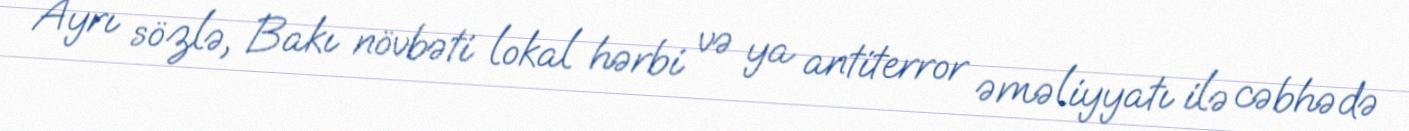
Ayrı sözlə, Bakı növbəti lokal hərbi və ya antiterror əməliyyatı ilə cəbhədə